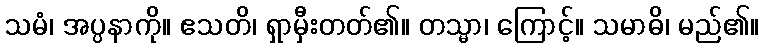
သမံ၊ အပ္ပနာကို။ ဧသတိ၊ ရှာမှီးတတ်၏။ တသ္မာ၊ ကြောင့်။ သမာဓိ၊ မည်၏။